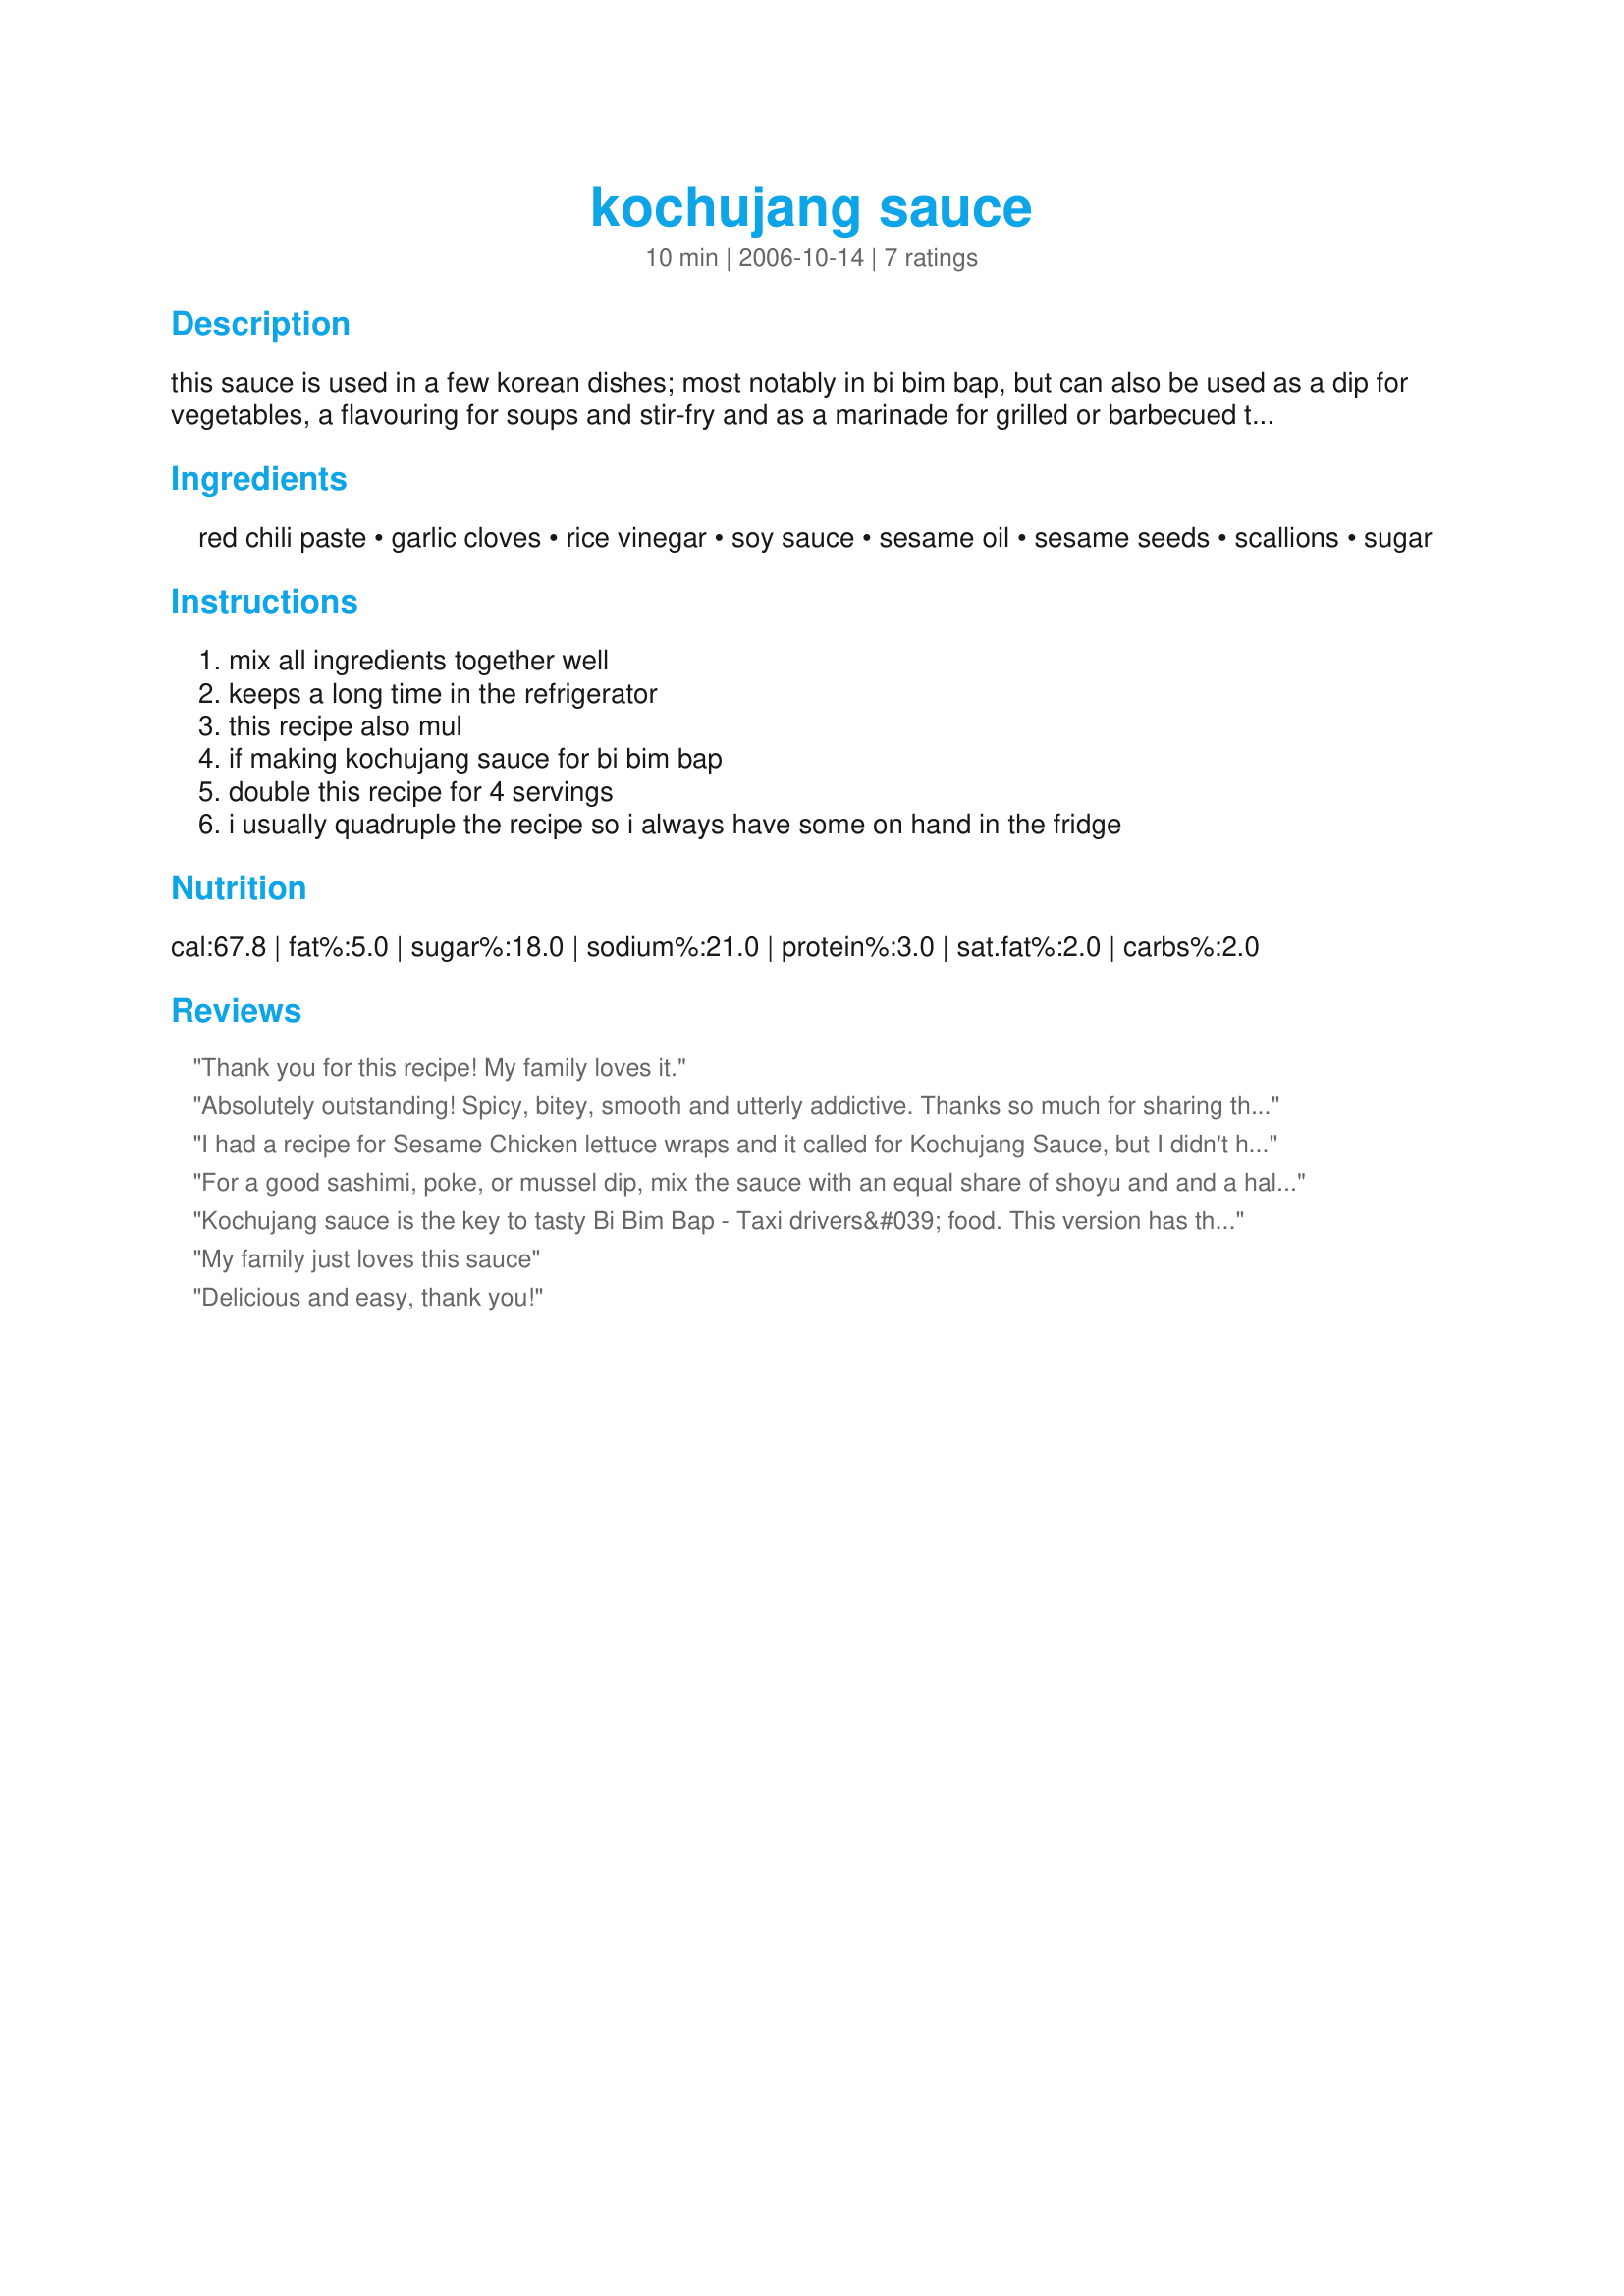
kochujang sauce
Preparation time: 10 minutes

this sauce is used in a few korean dishes; most notably in bi bim bap, but can also be used as a dip for vegetables, a flavouring for soups and stir-fry and as a marinade for grilled or barbecued tofu.
i am new to korean food, but we have a young korean girl staying with us for 5 months, so i have been trying korean recipes. she gave my bi bim bap and 8 out of 10! a korean friend of mine also tried my kochujang sauce and told me that my recipe was better than hers. i found this recipe on asiarecipe.com under the korean sauces heading.
kochujang is a thick, miso-like paste made of soybean paste, red pepper powder and glutinous rice flour. some brands are hotter than others.

Ingredients:
red chili paste, garlic cloves, rice vinegar, soy sauce, sesame oil, sesame seeds, scallions, sugar

Steps:
mix all ingredients together well, keeps a long time in the refrigerator, this recipe also mul, if making kochujang sauce for bi bim bap, double this recipe for 4 servings, i usually quadruple the recipe so i always have some on hand in the fridge

Reviews:
Thank you for this recipe! My family loves it.
Absolutely outstanding! Spicy, bitey, smooth and utterly addictive. Thanks so much for sharing this excellent recipe!
I had a recipe for Sesame Chicken lettuce wraps and it called for Kochujang Sauce, but I didn't have any, so I searched for recipes and found this. Of course, since I didn't remember to buy the sauce, I didn't have any Korean red pepper sauce either. So I used 2 Tablespoons of ketchup (!) and some hot sauce. The texture of the sauce was perfect and it tasted great on my lettuce wraps. It may not have tasted like what it was supposed to, but it worked great for what I needed!
For a good sashimi, poke, or mussel dip, mix the sauce with an equal share of shoyu and and a half share of rice vinegar (a bit less if using a wine or apple vinegar). Stir well and enjoy.
Kochujang sauce is the key to tasty Bi Bim Bap - Taxi drivers&#039; food. This version has the perfect balance of spice and sweetness. It really sets off the rice &amp; vegetables.
My family just loves this sauce
Delicious and easy, thank you!
